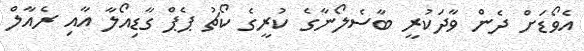
އެވޯޑަށް ދެން ވާދަކުރީ ބާސެލޯނާގެ ކުރީގެ ކޯޗު ޕެޕް ގާޑިއޯލާ އާއި ރެއާލް